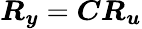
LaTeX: \boldsymbol{R_{y}}=\boldsymbol{C}\boldsymbol{R_{u}}